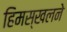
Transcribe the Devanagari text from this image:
हिमस्खलने